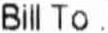
BILL TO :